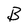
Character: B